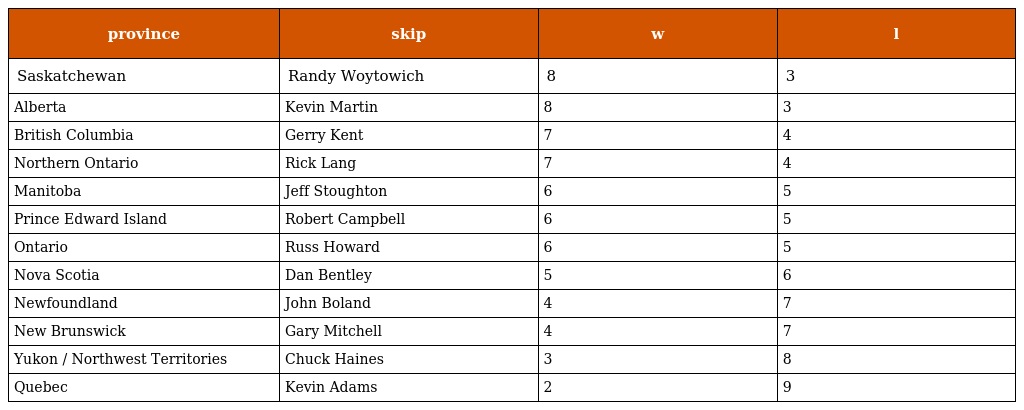
| province | skip | w | l |
 | --- | --- | --- | --- |
 | Saskatchewan | Randy Woytowich | 8 | 3 |
 | Alberta | Kevin Martin | 8 | 3 |
 | British Columbia | Gerry Kent | 7 | 4 |
 | Northern Ontario | Rick Lang | 7 | 4 |
 | Manitoba | Jeff Stoughton | 6 | 5 |
 | Prince Edward Island | Robert Campbell | 6 | 5 |
 | Ontario | Russ Howard | 6 | 5 |
 | Nova Scotia | Dan Bentley | 5 | 6 |
 | Newfoundland | John Boland | 4 | 7 |
 | New Brunswick | Gary Mitchell | 4 | 7 |
 | Yukon / Northwest Territories | Chuck Haines | 3 | 8 |
 | Quebec | Kevin Adams | 2 | 9 |